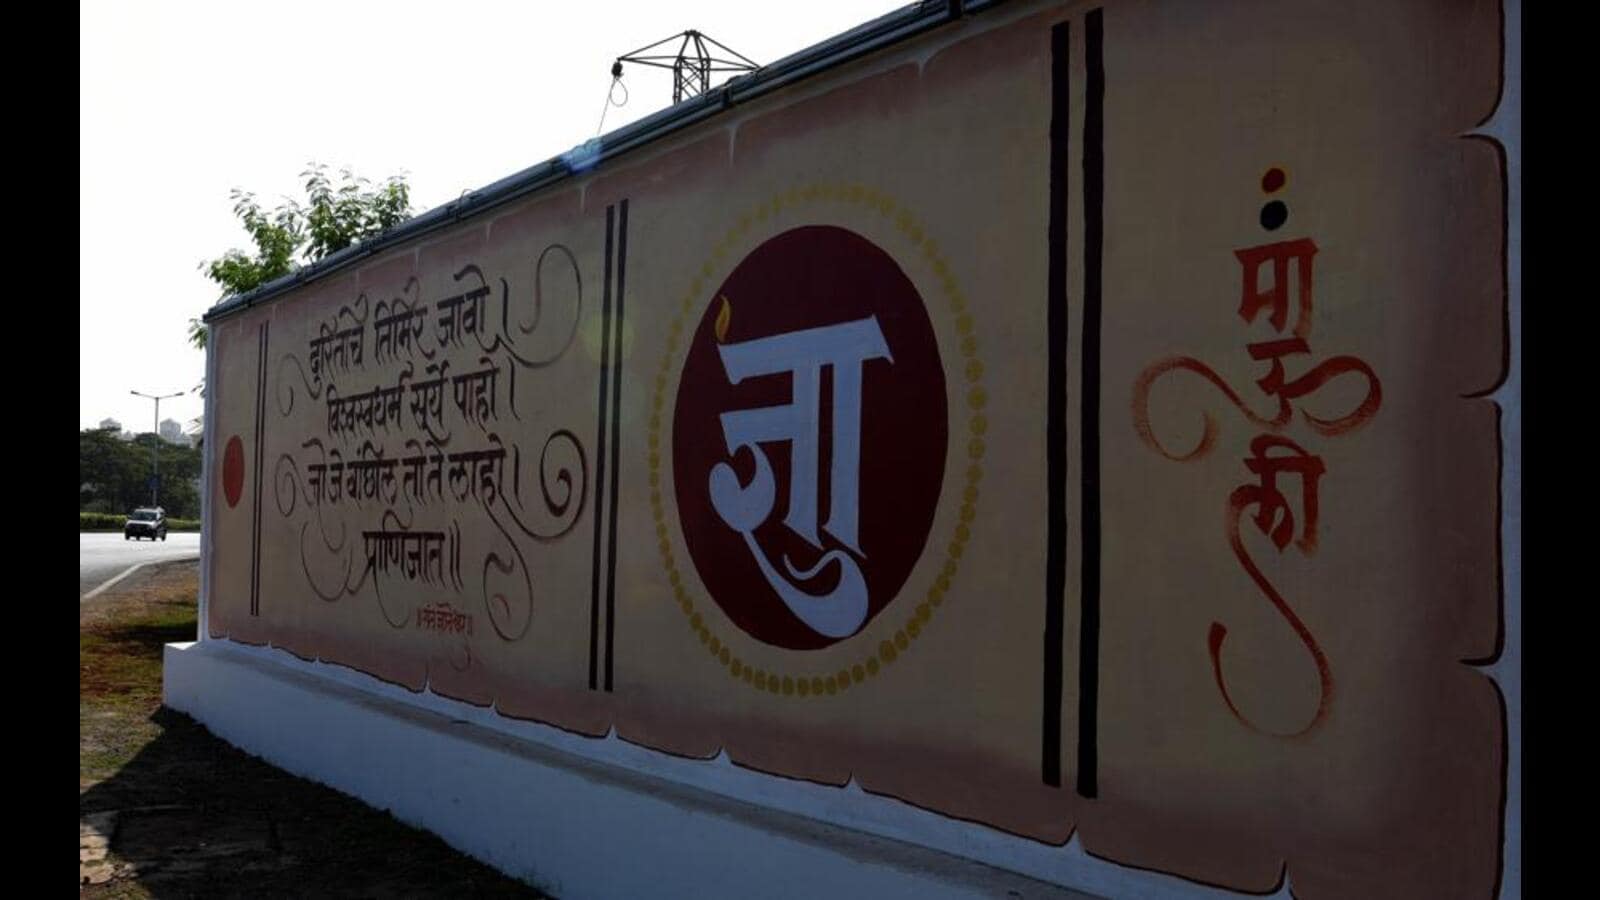
Language: marathi
Transcription: दुरिताचे जावो | पाहो | विश्वस्वधर्म सूर्ये लाहो । वंछिल तिमिर प्राणिजात।।